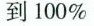
到100%